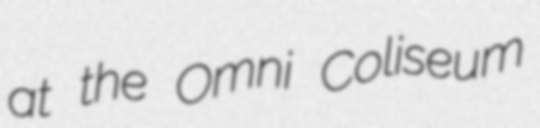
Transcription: at the Omni Coliseum